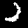
Label: 2